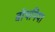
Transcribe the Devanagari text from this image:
बोथनिया